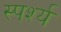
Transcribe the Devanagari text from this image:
स्पर्श्य